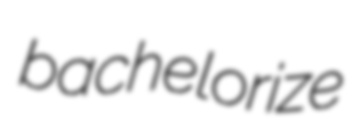
bachelorize